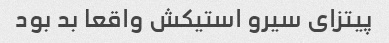
پیتزای سیرو استیکش واقعا بد بود